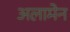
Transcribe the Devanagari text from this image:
अलामेन